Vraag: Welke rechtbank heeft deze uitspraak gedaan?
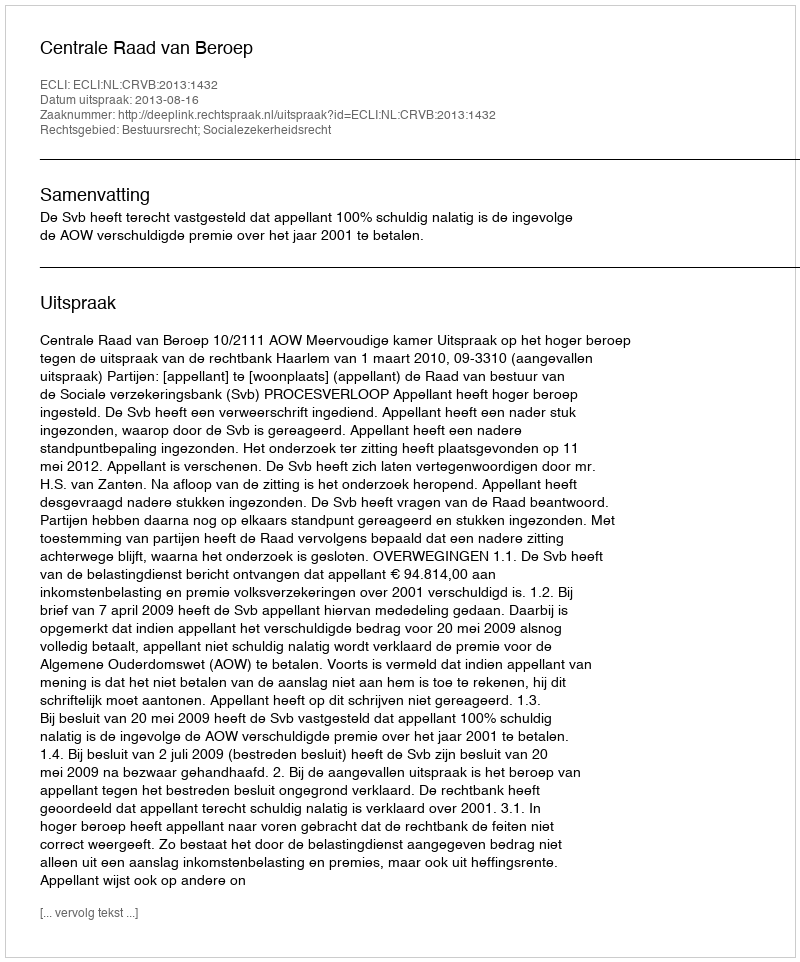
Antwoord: Centrale Raad van Beroep